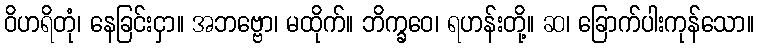
ဝိဟရိတုံ၊ နေခြင်းငှာ။ အဘဗ္ဗော၊ မထိုက်။ ဘိက္ခဝေ၊ ရဟန်းတို့။ ဆ၊ ခြောက်ပါးကုန်သော။